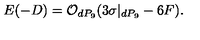
E ( - D ) = { \cal O } _ { d P _ { 9 } } ( 3 \sigma | _ { d P _ { 9 } } - 6 F ) .